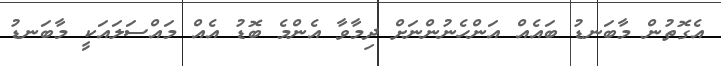
އެގޮތުން މާބަނޑު ބައެއް އަންހެނުންނަށް ދިމާވާ އެންމެ ބޮޑު އެއް މައްސަލައަކީ މާބަނޑު